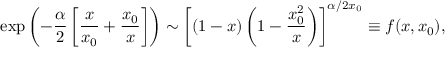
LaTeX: \exp \left( - \frac \alpha 2 \left[ \frac x { x _ { 0 } } + \frac { x _ { 0 } } x \right] \right) \sim \left[ \left( 1 - x \right) \left( 1 - \frac { x _ { 0 } ^ { 2 } } x \right) \right] ^ { \alpha / 2 x _ { 0 } } \equiv f ( x , x _ { 0 } ) ,